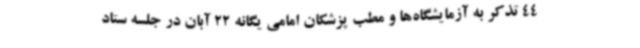
44 تذکر به آزمایشگاه‌ها و مطب پزشکان امامی یگانه 22 آبان در جلسه ستاد